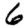
Digit: 6